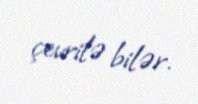
çevrilə bilər.